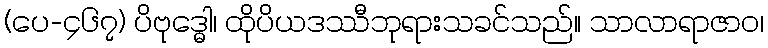
(ပေ-၄၆၇) ပိဗုဒ္ဓေါ၊ ထိုပိယဒဿီဘုရားသခင်သည်။ သာလာရာဇာဝ၊